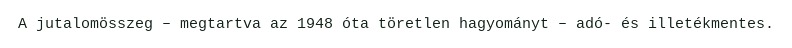
A jutalomösszeg – megtartva az 1948 óta töretlen hagyományt – adó- és illetékmentes.